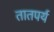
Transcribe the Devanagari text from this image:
तातपर्य